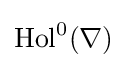
\operatorname {Hol} ^{0}(\nabla )